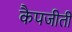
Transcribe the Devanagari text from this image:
कैपजीतीं